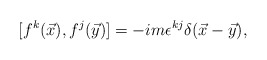
\begin{align*}[f^{k}(\vec{x}),f^{j}(\vec{y})]=-im\epsilon^{kj}\delta(\vec{x}-\vec{y}),\end{align*}